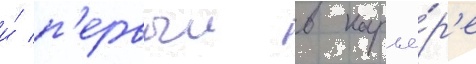
и́ п'ервыи в карье́р'е